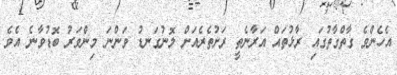
އެހެންވެ ގާތްގާތުގައި ރާޅުތައް އަރާނެތީ ރަށުތެރެއަށް ލޮނުގަނޑު ވަންނަ މިންވަރު ބޮޑުވާނެ އެވެ.